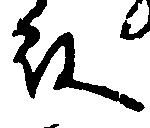
殿